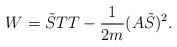
LaTeX: \begin{align*}W=\tilde{S}TT-\frac{1}{2m}(A\tilde{S})^2.\end{align*}